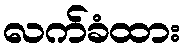
လက်ခံထား